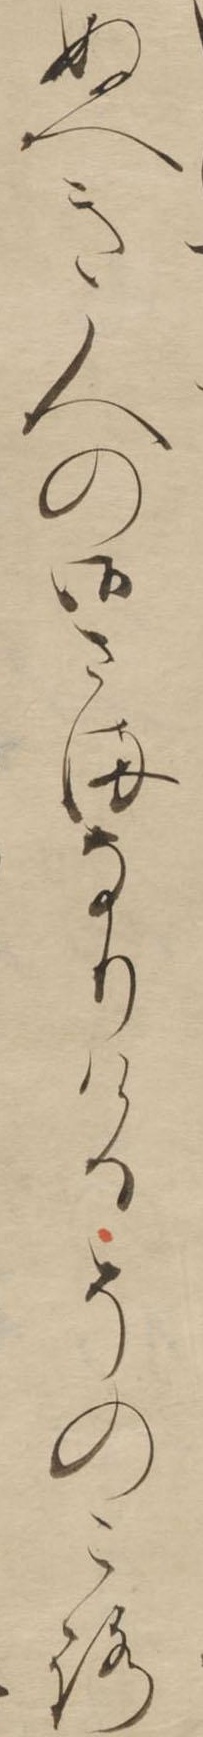
ぬへき人の御さまなりけるそのころ